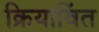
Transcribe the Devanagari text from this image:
क्रियाविंत